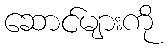
ဆောင်များကို